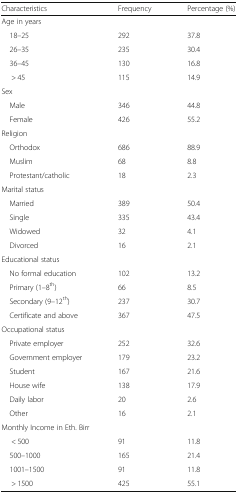
<table><thead><tr><td><b>Characteristics</b></td><td><b>Frequency</b></td><td><b>Percentage (%)</b></td></tr></thead><tbody><tr><td colspan="3">Age in years</td></tr><tr><td> 18–25</td><td>292</td><td>37.8</td></tr><tr><td> 26–35</td><td>235</td><td>30.4</td></tr><tr><td> 36–45</td><td>130</td><td>16.8</td></tr><tr><td>&gt; 45</td><td>115</td><td>14.9</td></tr><tr><td colspan="3">Sex</td></tr><tr><td> Male</td><td>346</td><td>44.8</td></tr><tr><td> Female</td><td>426</td><td>55.2</td></tr><tr><td colspan="3">Religion</td></tr><tr><td> Orthodox</td><td>686</td><td>88.9</td></tr><tr><td> Muslim</td><td>68</td><td>8.8</td></tr><tr><td> Protestant/catholic</td><td>18</td><td>2.3</td></tr><tr><td colspan="3">Marital status</td></tr><tr><td> Married</td><td>389</td><td>50.4</td></tr><tr><td> Single</td><td>335</td><td>43.4</td></tr><tr><td> Widowed</td><td>32</td><td>4.1</td></tr><tr><td> Divorced</td><td>16</td><td>2.1</td></tr><tr><td colspan="3">Educational status</td></tr><tr><td> No formal education</td><td>102</td><td>13.2</td></tr><tr><td> Primary (1–8<sup>th</sup>)</td><td>66</td><td>8.5</td></tr><tr><td> Secondary (9–12<sup>th</sup>)</td><td>237</td><td>30.7</td></tr><tr><td> Certificate and above</td><td>367</td><td>47.5</td></tr><tr><td colspan="3">Occupational status</td></tr><tr><td> Private employer</td><td>252</td><td>32.6</td></tr><tr><td> Government employer</td><td>179</td><td>23.2</td></tr><tr><td> Student</td><td>167</td><td>21.6</td></tr><tr><td> House wife</td><td>138</td><td>17.9</td></tr><tr><td> Daily labor</td><td>20</td><td>2.6</td></tr><tr><td> Other</td><td>16</td><td>2.1</td></tr><tr><td colspan="3">Monthly Income in Eth. Birr</td></tr><tr><td>&lt; 500</td><td>91</td><td>11.8</td></tr><tr><td> 500–1000</td><td>165</td><td>21.4</td></tr><tr><td> 1001–1500</td><td>91</td><td>11.8</td></tr><tr><td>&gt; 1500</td><td>425</td><td>55.1</td></tr></tbody></table>